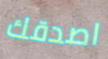
اصدقك